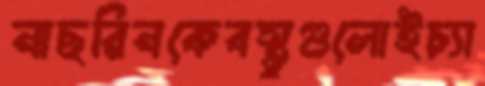
নাছরিনকেবস্তুগুলোইচ্যা